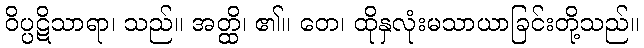
ဝိပ္ပဋိသာရာ၊ သည်။ အတ္ထိ၊ ၏။ တေ၊ ထိုနှလုံးမသာယာခြင်းတို့သည်။